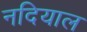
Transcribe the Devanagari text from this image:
नदियाल